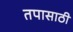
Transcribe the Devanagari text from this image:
तपासाठी